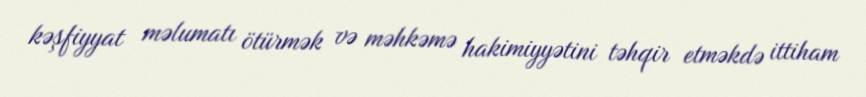
kəşfiyyat məlumatı ötürmək və məhkəmə hakimiyyətini təhqir etməkdə ittiham